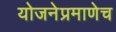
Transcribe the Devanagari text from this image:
योजनेप्रमाणेच